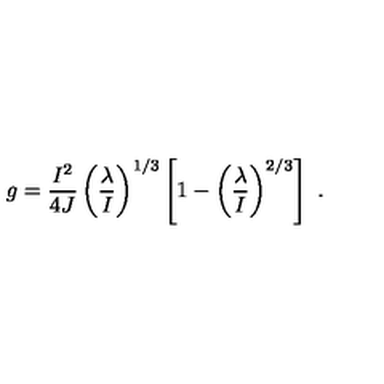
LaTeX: g = { \frac { I ^ { 2 } } { 4 J } } \left( { \frac { \lambda } { I } } \right) ^ { 1 / 3 } \left[ 1 - \left( \frac { \lambda } { I } \right) ^ { 2 / 3 } \right] \ .